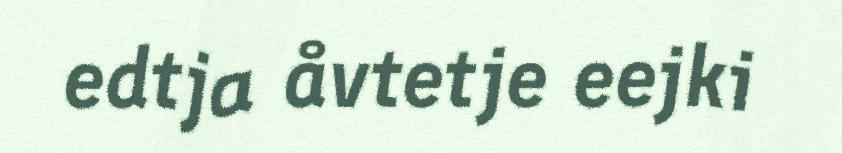
edtja åvtetje eejki